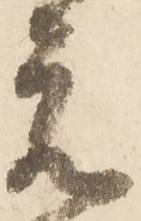
元